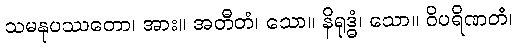
သမနုပဿတော၊ အား။ အတီတံ၊ သော။ နိရုဒ္ဓံ၊ သော။ ဝိပရိဏတံ၊